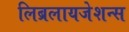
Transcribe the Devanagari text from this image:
लिब्रलायजेशन्स